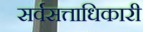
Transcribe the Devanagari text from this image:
सर्वसत्ताधिकारी